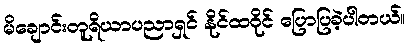
မိချောင်းတူရိယာပညာရှင် နိုင်ထဝိုင် ပြောပြခဲ့ပါတယ်။